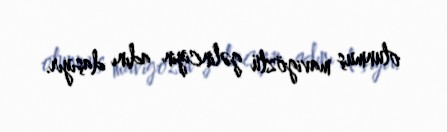
olunmuş mavigözlü gəlinciyin adını daşıyır.